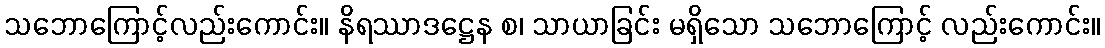
သဘောကြောင့်လည်းကောင်း။ နိရဿာဒဋ္ဌေန စ၊ သာယာခြင်း မရှိသော သဘောကြောင့် လည်းကောင်း။